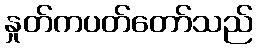
နှုတ်ကပတ်တော်သည်